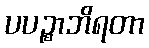
ပပဉ္စာဘိရတာ